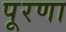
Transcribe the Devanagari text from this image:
पूरणा